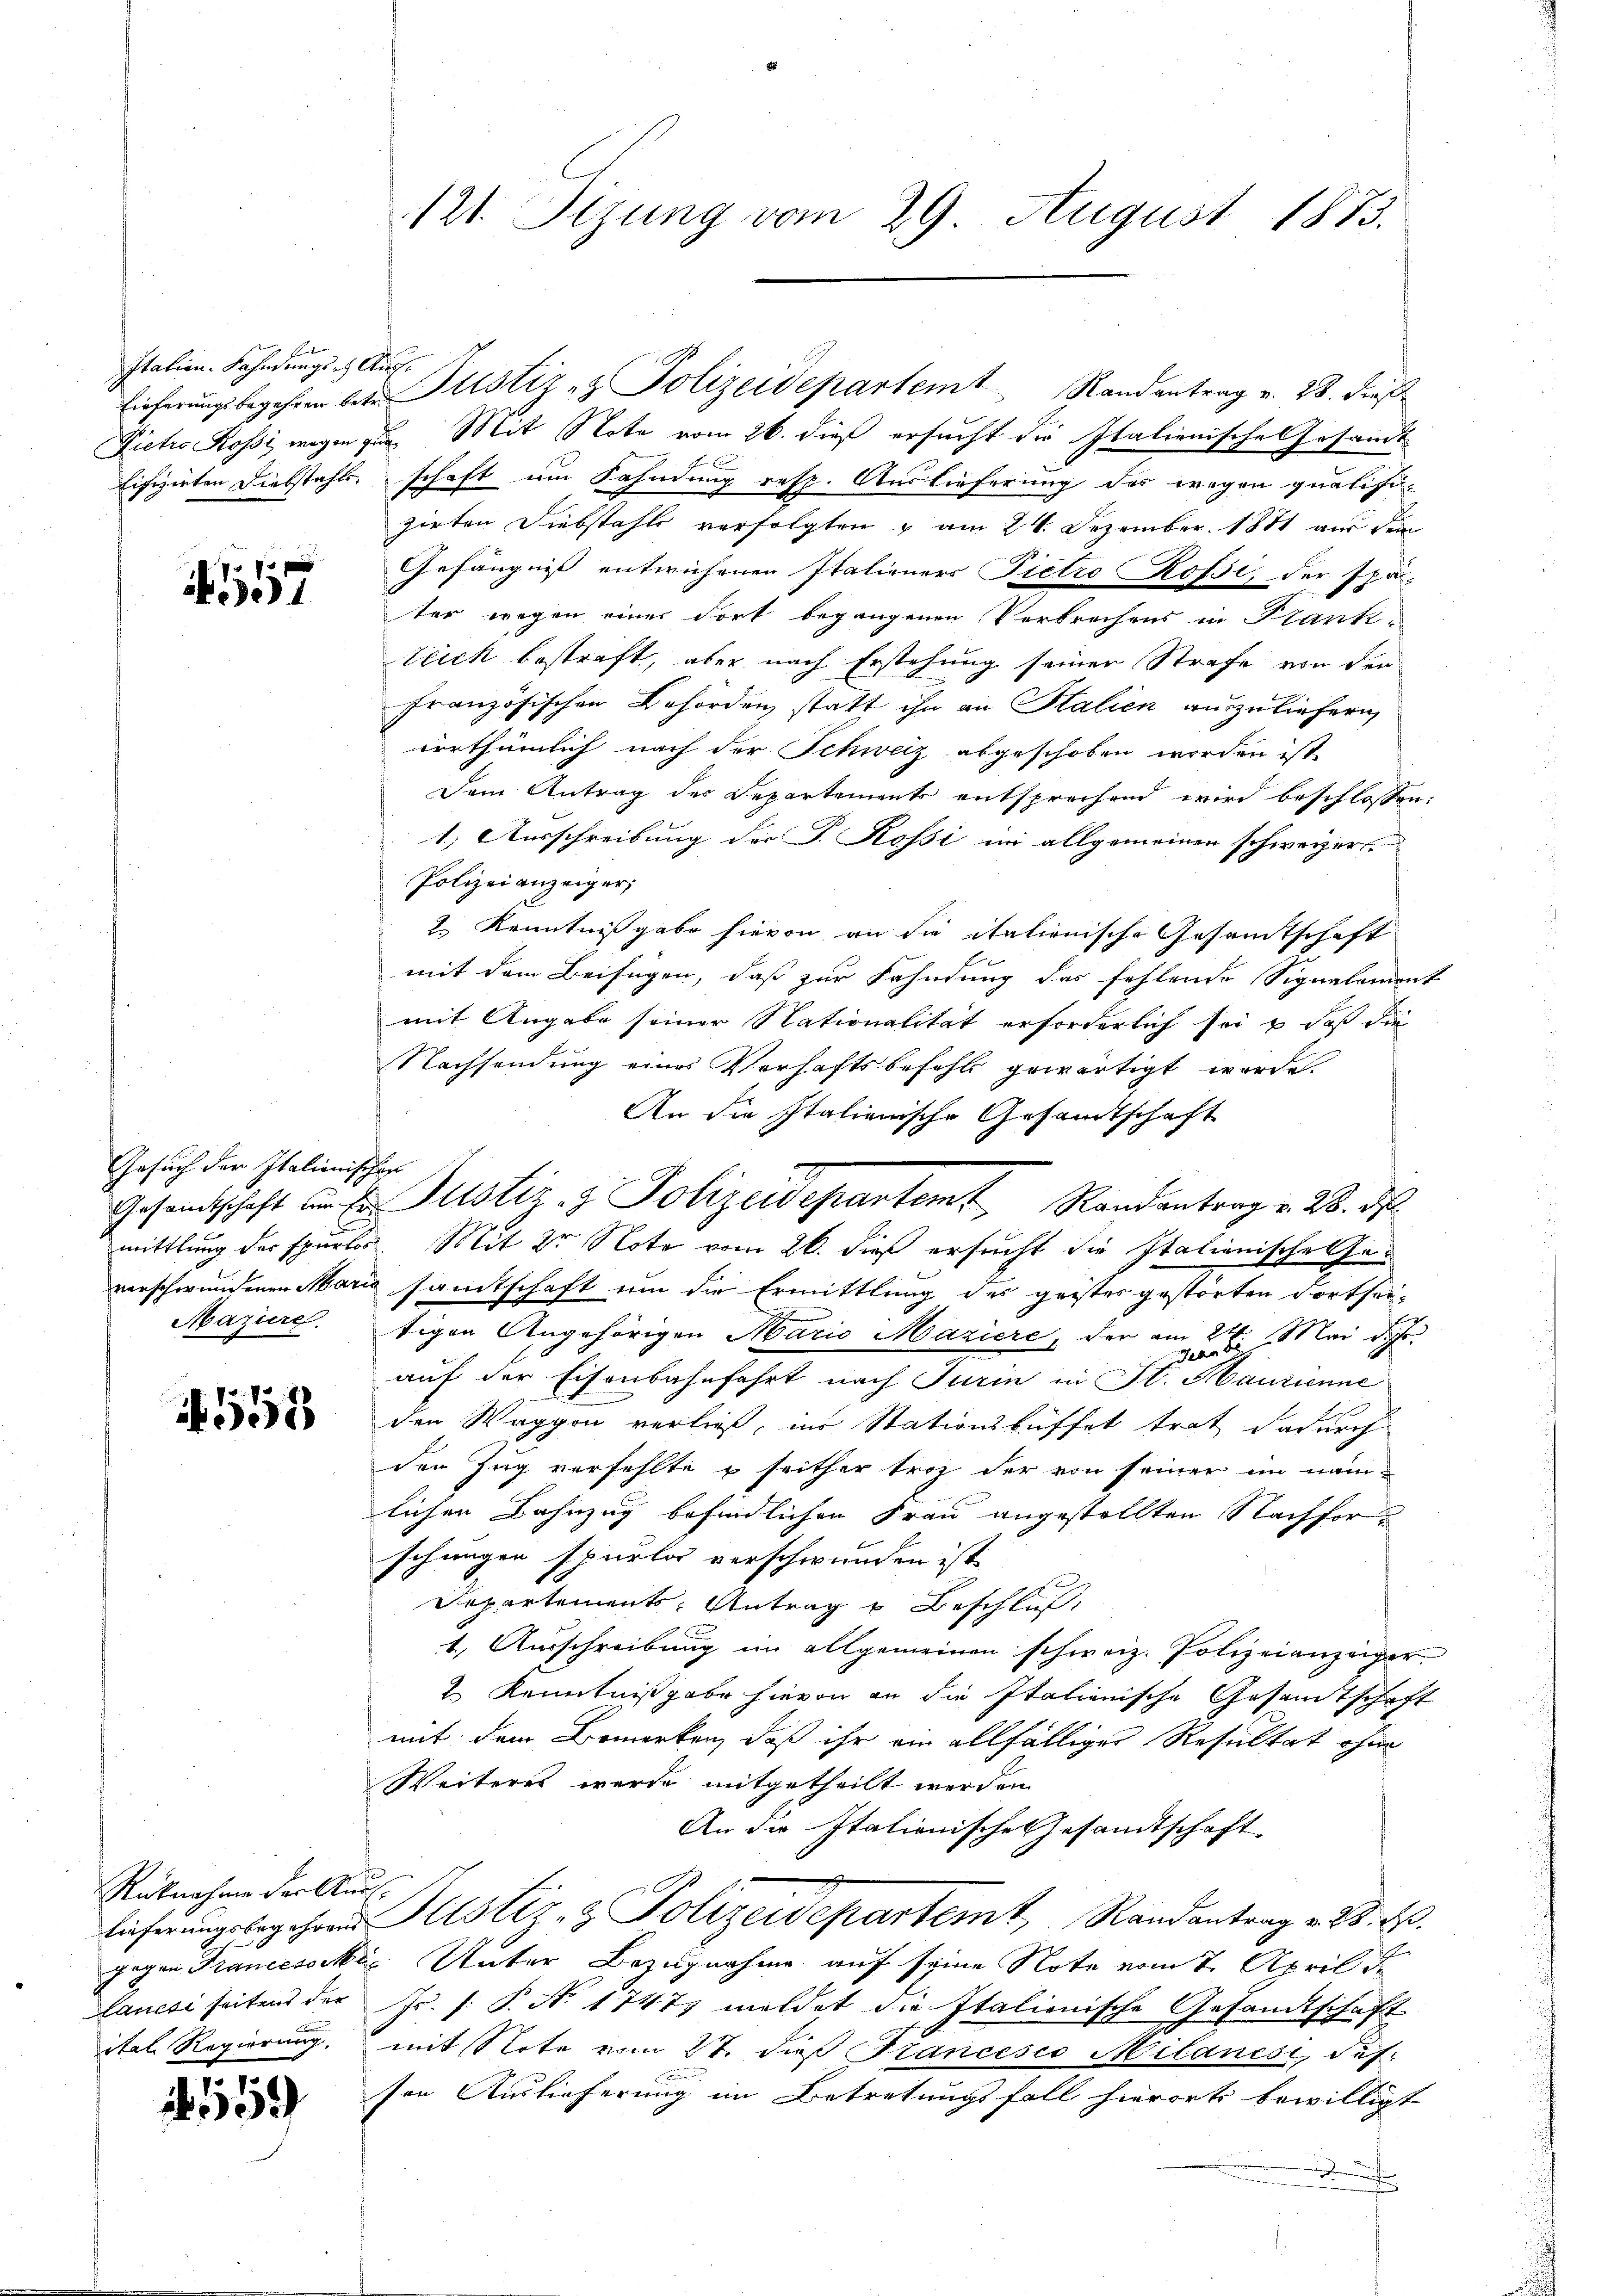
Italien. Fahndungs es Aus¬

17

Gesuch der Italionischen
Mazire

1558

Rücknahme der Ausital Regierung,

559)

Dictis Rossi wegen zur Mit Note vom 26. dieß ersucht die Italienische Gesandt¬
Eifizirten Diebstahls schaft um Fahndung resp. Auslieferung des wegen qualifi-
zirten Diebstahls verfolgten u am 24. Dezember 1881 aus dem
Gefängnis entwichenen Italieners Pietro Rossi, der später wegen einer dort begangenen Verbrechens in Frank-
Teich bestraft, aber nach Erstehung seinen Strafe von der
französischen Behörden, statt ihn an Halien auszuliefern
irrthümlich nach der Schweiz abgeschoben worden ist,
Dem Antrag des Departements entsprechend wird beschlossen:
1.) Ausschreibung der P. Rossi im allgemeinen schweizer.
Polizei anzeiger,
2.) Kenntnißgabe hievon an die italionische Gesamtschaft
mit dem Beifügen, daß zur Fahndung des fehlende Signalement
mit Angabe seiner Nationalität erforderlich sei & daß die
Nachsendung eines Verhaftsbefehls gewärtigt werde.
An die Italienische Gesandtschaft
mittlung der spurlos. Mit Dr Note vom 26. dieß ersucht die Italienische Ge-
verschwundenen Marie samtschaft um die Ermittlung des geistes gestörten Fortseitigen Angehörigen Mario Maziere, der am 24. Mai d. Js.
auf der Eisenbahnfahrt nach Turin in St. Maurienne
den Waggon verließ, ins Stationsbüffet trat dadurch
den Zug verfehlte u seither trag der von seiner im näm-
lichen Bahnzug befindlichen Frau angestellten Nachforschungen sparta verschwunden ist
Departements Antrag u Beschluß
1.) Ausschreibung im allgemeinen schweiz. Polizeianzeiger
2 Kenntnißgabe hievon an die Italienische Gesandtschaft
mit dem Bemerken, daß ihr ein allfälliger Resultat ohne
Weiteres wurde mitgetheilt werden.
An die Itationische Gesandtschaft
lieferungsbegehrend Rustiz- & Polizeidepartemt, Randantrag v. 28. Es
gegen Francesocki Unter Bezugnahme auf seine Note vom 7. April de
Lanesi seitens der Fr. f. P. N. 1747 meldet die Italienische Gesandtschaft
mit Note vom 27. dieß Francesco Milanesi, das.
sen Auslieferung im Betretungsfall hierort bewilligt

121. Sizung vom 29 August 1873.

lieferŭngsbegehren bei Justiz- & Polizeidepartemt Randantrag v. 23. dieß

Gesandtschaft ŭm Er Justiz- & Polizeidepartem Randantrag v. 28. d.